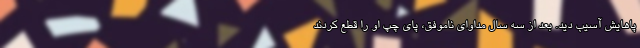
پاهایش آسیب دید. بعد از سه سال مداوای ناموفق، پای چپ او را قطع کردند